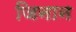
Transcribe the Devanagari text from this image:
जिनान